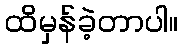
ထိမှန်ခဲ့တာပါ။